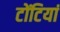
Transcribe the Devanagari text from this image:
टोंटियां